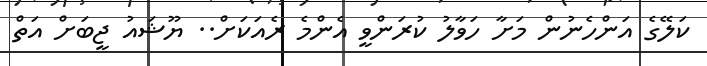
ކަލޭގެ އަންހެނުން މަށާ ހަވާލު ކުރަންވީ އެންމެ ރެއަކަށް.. ޔޫޝައު ޖީބަށް އަތް